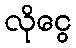
လိုငွေ